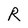
Character: R